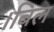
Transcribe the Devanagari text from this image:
।बिल